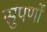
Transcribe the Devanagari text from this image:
सुपर्णों